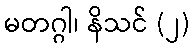
မတဂ္ဂါ၊ နိသင် (၂)